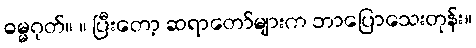
ဓမ္မဂုတ်။ ။ ပြီးတော့ ဆရာတော်များက ဘာပြောသေးတုန်း။